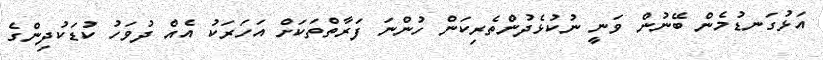
އަޅުގަނޑުމެން ބޭނުން ވަނީ ނުކުޅެދުންތެރިކަން ހުންނަ ފަރާތްތަކަށް އަހަރަކު އެއް ދުވަހު ކުޑަކުދިންގެ